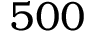
5 0 0